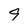
Character: 9